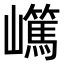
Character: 𡾬